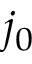
j _ { 0 }